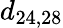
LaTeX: d_{24,28}